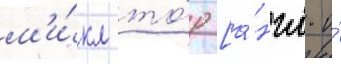
м'и́кл то́р [а́нгл. и́